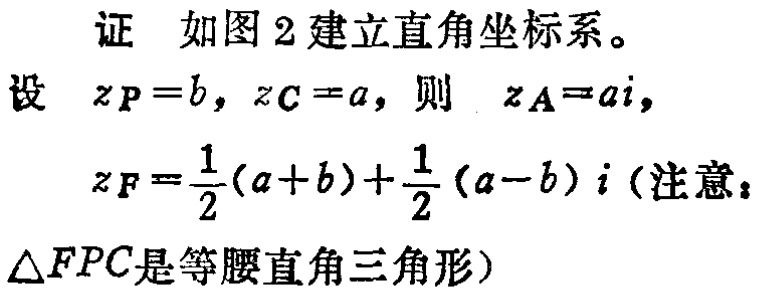
证 如图2建立直角坐标系。
设 \(z_P = b\)，\(z_C = a\)，则 \(z_A = ai\)，
\(z_F=\frac{1}{2}(a + b)+\frac{1}{2}(a - b)i\)（注意：
\(\triangle FPC\)是等腰直角三角形）